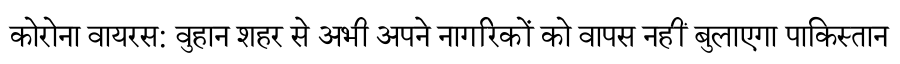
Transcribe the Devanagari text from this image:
कोरोना वायरस: वुहान शहर से अभी अपने नागरिकों को वापस नहीं बुलाएगा पाकिस्तान